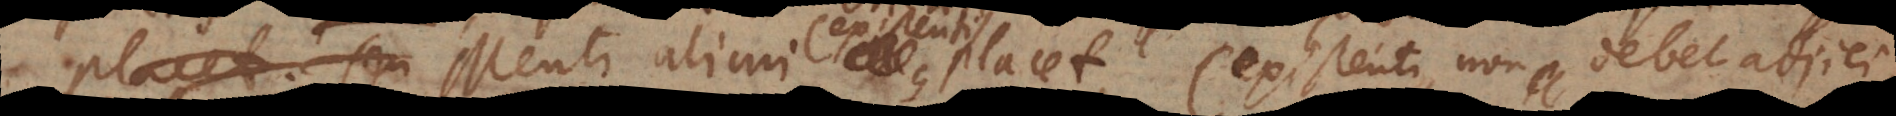
placet; seu Menti alicui placet (existenti, non debet adjici,